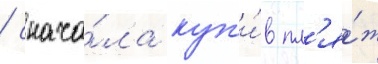
/ снача́ла куп'и́в пл'я́ж